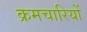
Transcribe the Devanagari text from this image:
क्रमचारियों